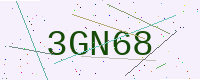
Text: 3GN68